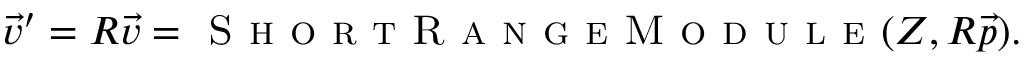
\vec { v } ^ { \prime } = R \vec { v } = \textsc { S h o r t R a n g e M o d u l e } ( Z , R \Vec { p } ) .